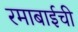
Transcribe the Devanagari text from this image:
रमाबाईची